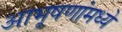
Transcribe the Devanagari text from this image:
आभूषणांमध्ये